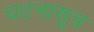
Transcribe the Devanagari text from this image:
घटनासूत्र